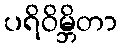
ပရိဝိမ္ဘိတာ